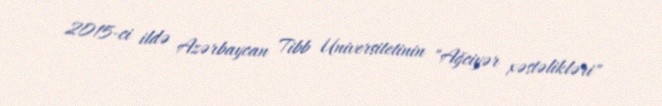
2015-ci ildə Azərbaycan Tibb Universitetinin "Ağciyər xəstəlikləri"